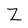
Character: Z